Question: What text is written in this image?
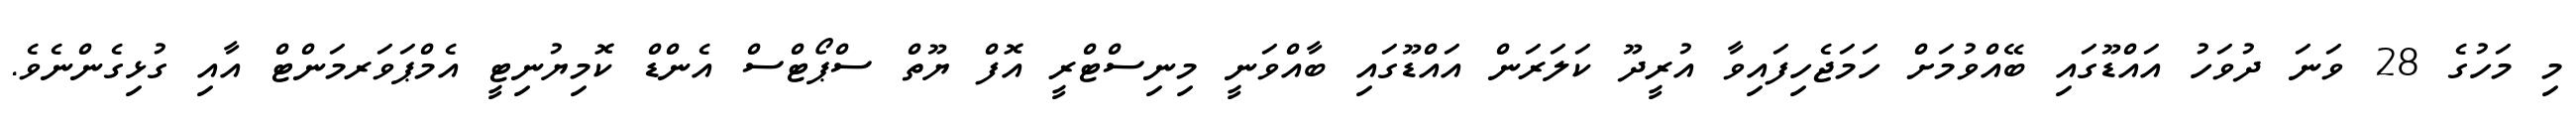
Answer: މި މަހުގެ 28 ވަނަ ދުވަހު އައްޑޫގައި ބޭއްވުމަށް ހަމަޖެހިފައިވާ އުރީދޫ ކަލަރަން އައްޑޫގައި ބާއްވަނީ މިނިސްޓްރީ އޮފް ޔޫތް ސްޕޯޓްސް އެންޑް ކޮމިޔުނިޓީ އެމްޕަވަރމަންޓް އާއި ގުޅިގެންނެވެ.